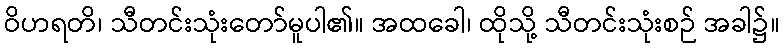
ဝိဟရတိ၊ သီတင်းသုံးတော်မူပါ၏။ အထခေါ၊ ထိုသို့ သီတင်းသုံးစဉ် အခါ၌။